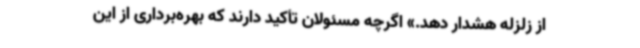
از زلزله هشدار دهد.» اگرچه مسئولان تأکید دارند که بهره‌برداری از این